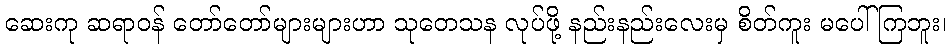
ဆေးကု ဆရာဝန် တော်တော်များများဟာ သုတေသန လုပ်ဖို့ နည်းနည်းလေးမှ စိတ်ကူး မပေါ်ကြဘူး၊